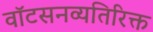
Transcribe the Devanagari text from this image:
वॉटसनव्यतिरिक्त